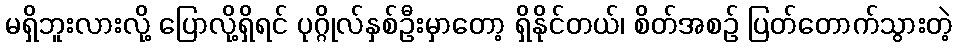
မရှိဘူးလားလို့ ပြောလို့ရှိရင် ပုဂ္ဂိုလ်နှစ်ဦးမှာတော့ ရှိနိုင်တယ်၊ စိတ်အစဉ် ပြတ်တောက်သွားတဲ့